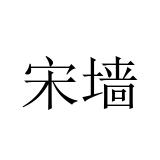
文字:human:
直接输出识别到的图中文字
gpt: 宋墙